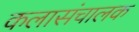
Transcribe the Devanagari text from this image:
कलासंचालक